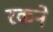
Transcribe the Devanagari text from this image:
रकने